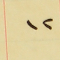
١٢